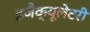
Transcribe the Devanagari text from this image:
इजैक्यूलेटरी